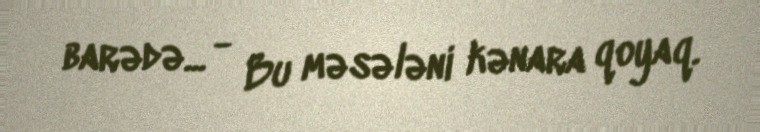
barədə... - Bu məsələni kənara qoyaq.